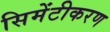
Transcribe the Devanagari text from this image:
सिमेंटीकरण